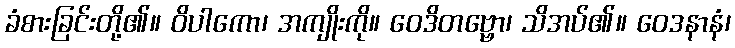
ခံစားခြင်းတို့၏။ ဝိပါကော၊ အကျိုးကို။ ဝေဒိတဗ္ဗော၊ သိအပ်၏။ ဝေဒနာနံ၊